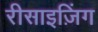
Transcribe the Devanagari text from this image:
रीसाइज़िंग